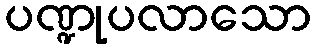
ပဏ္ဍုပလာသော